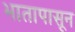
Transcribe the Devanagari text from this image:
भातापासून